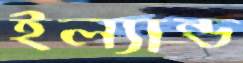
ইল্যান্ড